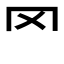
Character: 罓